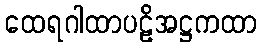
ထေရဂါထာပဠိအဋ္ဌကထာ